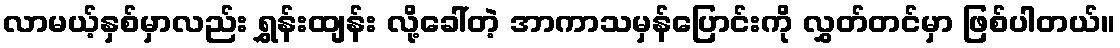
လာမယ့်နှစ်မှာလည်း ရွှန်းထျန်း လို့ခေါ်တဲ့ အာကာသမှန်ပြောင်းကို လွှတ်တင်မှာ ဖြစ်ပါတယ်။